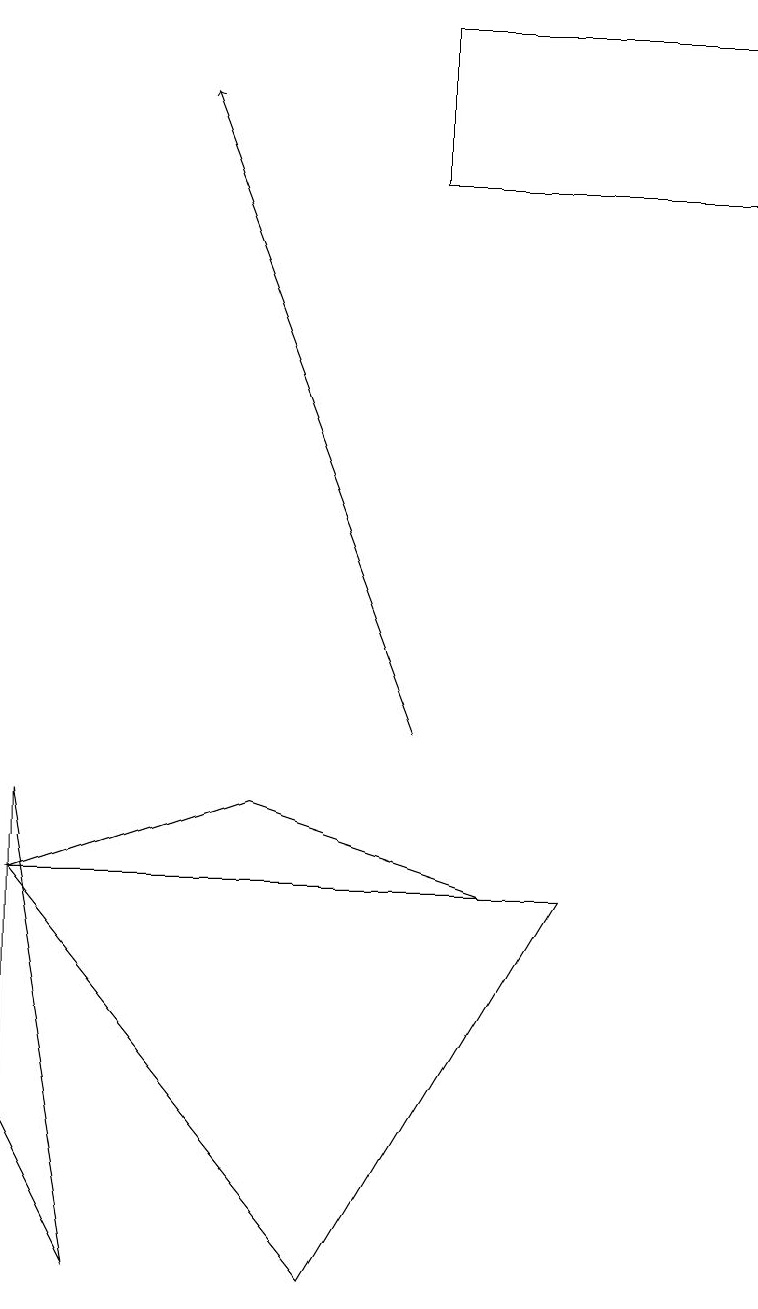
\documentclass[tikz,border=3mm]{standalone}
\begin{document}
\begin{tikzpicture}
\draw[->] (5,10) -- (2,18);
\draw (0,8) -- (4,3) -- (7,8) -- cycle;
\draw (9,19) rectangle (5,17);
\draw (6,8) -- (3,9) -- (0,8) -- cycle;
\draw (0,5) -- (1,3) -- (0,9) -- cycle;
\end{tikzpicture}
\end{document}